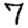
Digit: 7